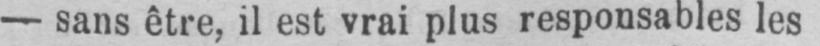
- sans être, il est vrai plus responsables les